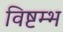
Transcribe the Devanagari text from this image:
विष्टम्भ